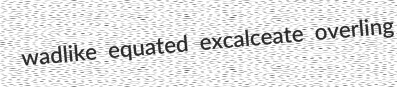
wadlike equated excalceate overling